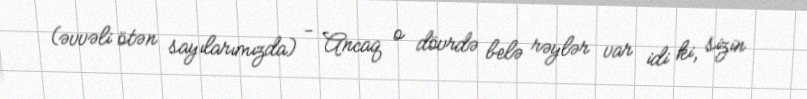
(əvvəli ötən sayılarımızda) - Ancaq o dövrdə belə rəylər var idi ki, sizin